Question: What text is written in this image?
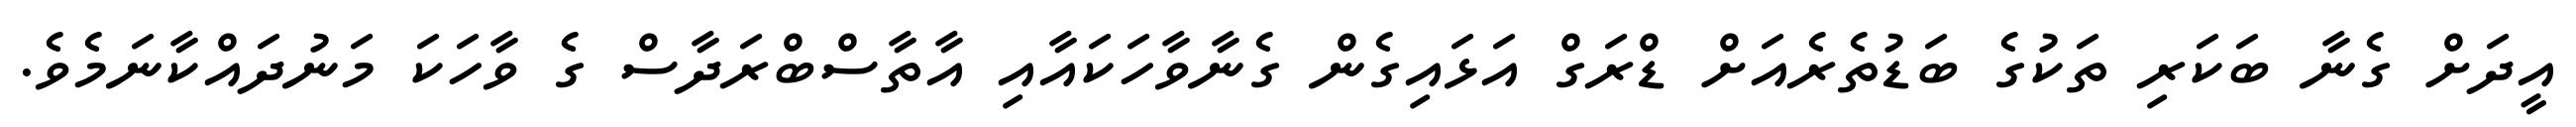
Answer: އީދަށް ގެނާ ބަކަރި ތަކުގެ ބަޑުތެރެއަށް ޑްރަގް އަޅައިގެން ގެނާވާހަކައާއި އާތާސްބްރަދާސް ގެ ވާހަކަ މަނުދައްކާނަމެވެ.